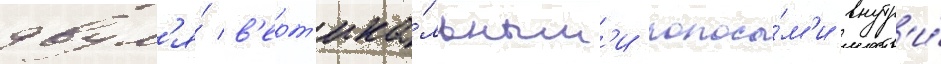
двум'я́ в'ерт'ика́льным'и полоса́м'и внутр'и́